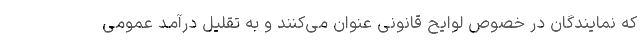
که نمایندگان در خصوص لوایح قانونی عنوان می‌کنند و به تقلیل درآمد عمومی